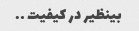
بینظیر در کیفیت ….